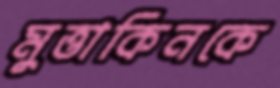
মুত্তাকিনকে